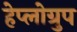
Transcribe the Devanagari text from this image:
हेप्लोग्रुप